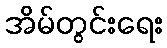
အိမ်တွင်းရေး